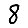
Digit: 8